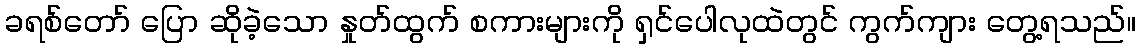
ခရစ်တော် ပြော ဆိုခဲ့သော နှုတ်ထွက် စကားများကို ရှင်ပေါလုထဲတွင် ကွက်ကျား တွေ့ရသည်။